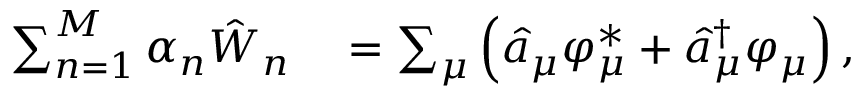
\begin{array} { r l } { \sum _ { n = 1 } ^ { M } \alpha _ { n } \hat { W } _ { n } } & { { } = \sum _ { \mu } \left( \hat { a } _ { \mu } \varphi _ { \mu } ^ { * } + \hat { a } _ { \mu } ^ { \dagger } \varphi _ { \mu } \right) , } \end{array}